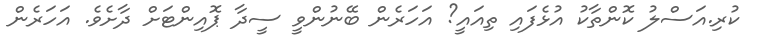
ކުރި.އަސްލު ކޮންތާކު އުޅެފައި ތިއައީ? އަހަރެން ބޭނުންވީ ސީދާ ޕޮއިންޓަށް ދާށެވެ. އަހަރެން